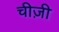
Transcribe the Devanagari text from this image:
चीज़ी